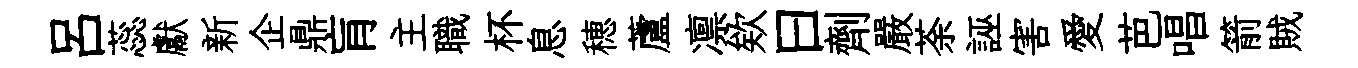
呂蕊獻新企鼎肓主職杯息穂蘆凛欸曰劑嚴荼誣害愛芭唱箭賊